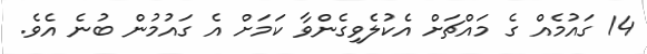
14 ގައުމެއް ގެ މައްޗަށް އެކުލެވިގެންވާ ކަމަށް އެ ގައުމުން ބުނެ އެވެ.